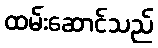
ထမ်းဆောင်သည်